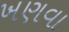
ખણવા